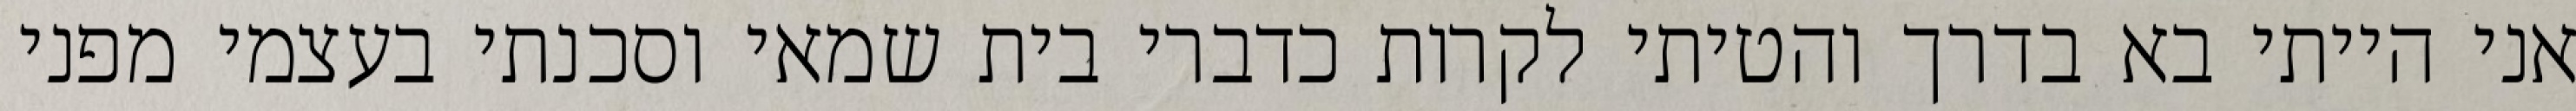
אני הייתי בא בדרך והטיתי לקרות כדברי בית שמאי וסכנתי בעצמי מפני